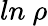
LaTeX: ln~\rho